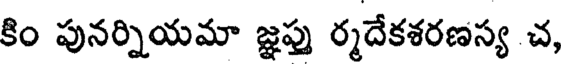
కిం పునర్నియమా జ్ఞప్తు ర్మదేకశరణస్య చ,